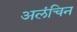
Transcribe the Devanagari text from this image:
अलंचिन